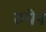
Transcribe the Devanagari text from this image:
रुपेन